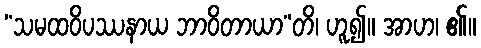
“သမထဝိပဿနာယ ဘာဝိတာယာ”တိ၊ ဟူ၍။ အာဟ၊ ၏။